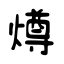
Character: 燇